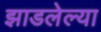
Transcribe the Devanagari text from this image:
झाडलेल्या